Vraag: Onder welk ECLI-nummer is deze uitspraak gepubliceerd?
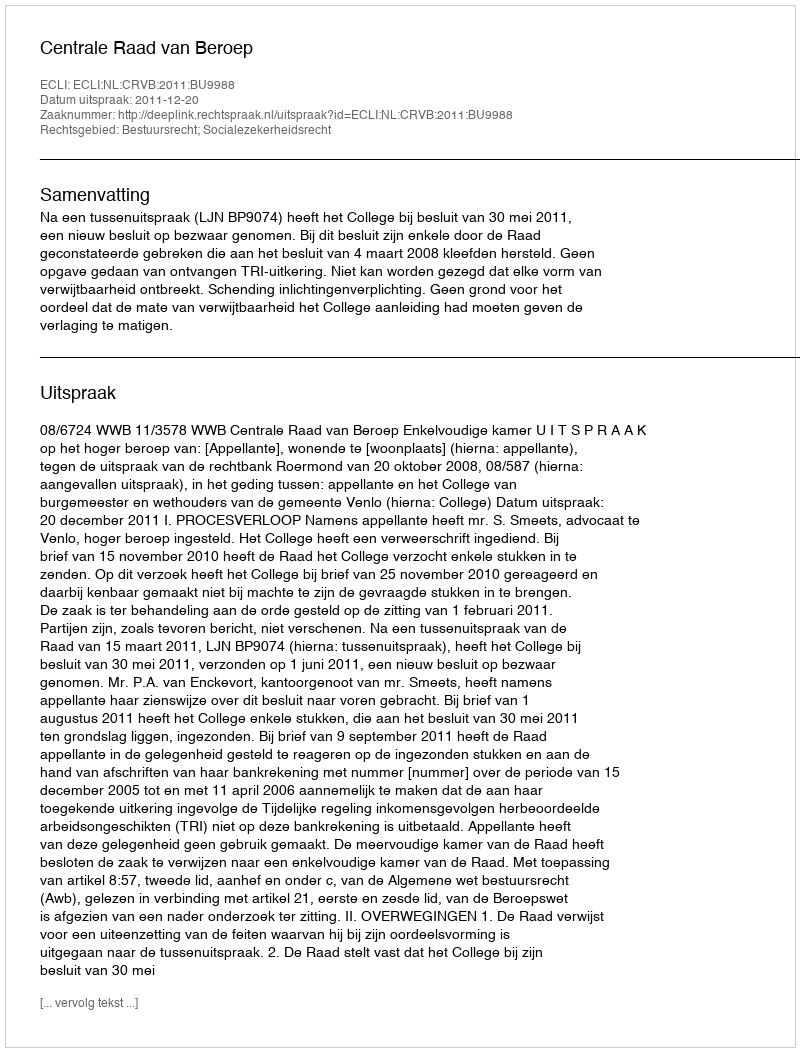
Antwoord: ECLI:NL:CRVB:2011:BU9988